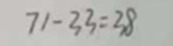
7 1 - 3 3 = 3 8